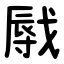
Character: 㦺